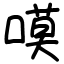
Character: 嗼